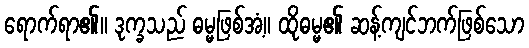
ရောက်ရာ၏။ ဒုက္ခသည် ဓမ္မဖြစ်အံ့။ ထိုဓမ္မ၏ ဆန့်ကျင်ဘက်ဖြစ်သော